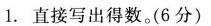
1.直接写出得数。(6分)